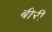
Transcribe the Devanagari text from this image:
बीरी